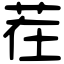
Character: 茬